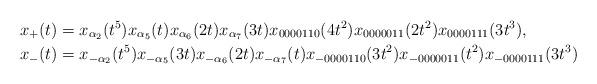
LaTeX: \begin{align*}x_{+}(t) &= x_{\alpha_{2}}(t^5) x_{\alpha_{5}}(t) x_{\alpha_{6}}(2t) x_{\alpha_{7}}(3t) x_{0000110}(4t^2) x_{0000011}(2t^2) x_{0000111}(3t^3),\\x_{-}(t) &= x_{-\alpha_{2}}(t^5) x_{-\alpha_{5}}(3t) x_{-\alpha_{6}}(2t) x_{-\alpha_{7}}(t) x_{-0000110}(3t^2)x_{-0000011}(t^2) x_{-0000111}(3t^3)\end{align*}